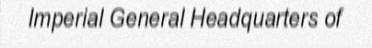
Imperial General Headquarters of